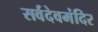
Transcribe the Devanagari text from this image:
सर्वदेवमंदिर